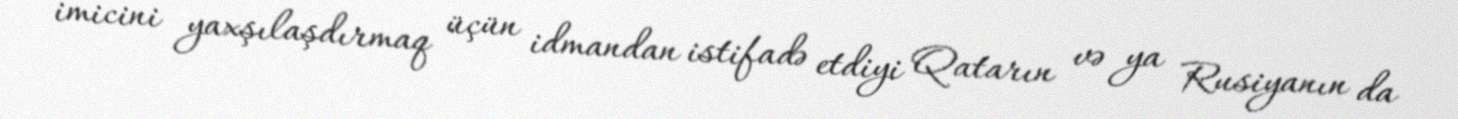
imicini yaxşılaşdırmaq üçün idmandan istifadə etdiyi Qatarın və ya Rusiyanın da